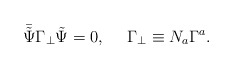
\begin{align*}\bar{\tilde{\Psi}} \Gamma_\bot \tilde{\Psi} = 0, ~~~~ \Gamma_\bot \equiv N_a \Gamma^a.\end{align*}